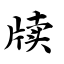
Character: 牍